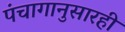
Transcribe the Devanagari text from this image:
पंचागानुसारही